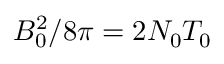
B _ { 0 } ^ { 2 } / 8 \pi = 2 N _ { 0 } T _ { 0 }